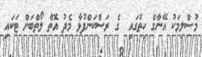
މުސްލިމަކު އޭނާގެ ހިތުގައި  ގެ ރަސްކަންފުޅާ މެދު އޮތް ލޯތްބަށް ޓަކައި